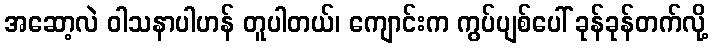
အဆော့လဲ ဝါသနာပါဟန် တူပါတယ်၊ ကျောင်းက ကွပ်ပျစ်ပေါ် ခုန်ခုန်တက်လို့